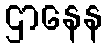
ဌာနေန